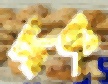
সাংডং